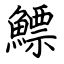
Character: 鰾